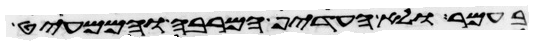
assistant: בעמר ולא העדיף המרבה והממעיט